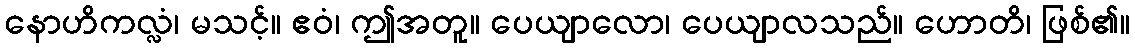
နောဟိကလ္လံ၊ မသင့်။ ဧဝံ၊ ဤအတူ။ ပေယျာလော၊ ပေယျာလသည်။ ဟောတိ၊ ဖြစ်၏။